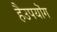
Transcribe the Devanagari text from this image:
हैउपयॊग